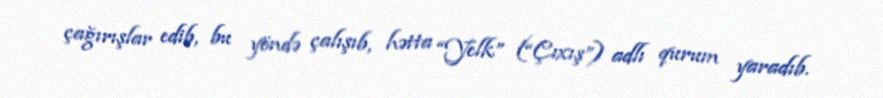
çağırışlar edib, bu yöndə çalışıb, hətta “Yelk” (“Çıxış”) adlı qurum yaradıb.